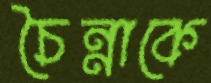
চৈন্নাকে